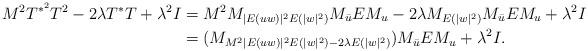
LaTeX: \begin{align*}M^2T^{\ast^2}T^2-2\lambda T^{\ast}T+\lambda^2I&=M^2M_{|E(uw)|^{2}E(|w|^2)}M_{\bar{u}}EM_{u}-2\lambda M_{E(|w|^2)}M_{\bar{u}}EM_{u}+\lambda^2I\\&=(M_{M^2|E(uw)|^{2}E(|w|^2)-2\lambda E(|w|^2)})M_{\bar{u}}EM_{u}+\lambda^2I.\end{align*}